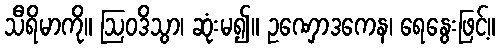
သီရိမာကို။ ဩဝဒိသွာ၊ ဆုံးမ၍။ ဥဏှောဒကေန၊ ရေနွေးဖြင့်။